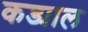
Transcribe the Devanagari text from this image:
कड्याल